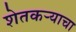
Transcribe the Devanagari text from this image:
शेतकऱ्याचा